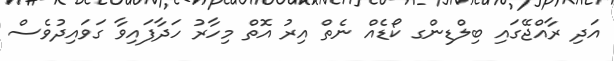
އަދި ރާއްޖޭގައި ބިލްޑިންގ ކޯޑެއް ނެތް އިރު އޮތް މިހާރު ހަދާފައިވާ ގަވައިދުވެސް